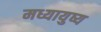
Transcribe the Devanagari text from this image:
मध्यायुष्य